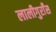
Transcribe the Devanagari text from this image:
लालीगुराँस